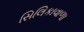
સિલિકાવાળા